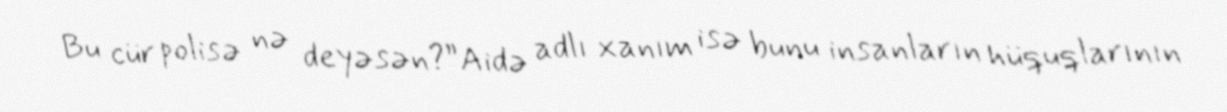
Bu cür polisə nə deyəsən?”Aidə adlı xanım isə bunu insanların hüquqlarının